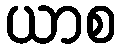
ယာစ